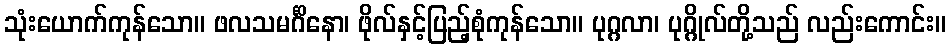
သုံးယောက်ကုန်သော။ ဖလသမင်္ဂိနော၊ ဖိုလ်နှင့်ပြည့်စုံကုန်သော။ ပုဂ္ဂလာ၊ ပုဂ္ဂိုလ်တို့သည် လည်းကောင်း။